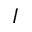
I